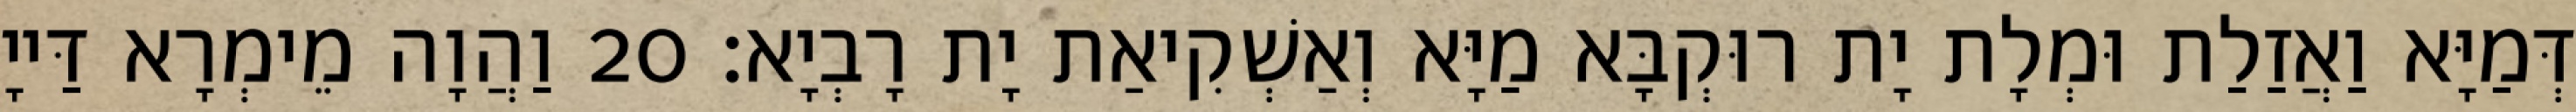
דְּמַיָּא וַאֲזַלַת וּמְלָת יָת רוּקְבָּא מַיָּא וְאַשְׁקִיאַת יָת רָבְיָא׃ 20 וַהֲוָה מֵימְרָא דַּייָ